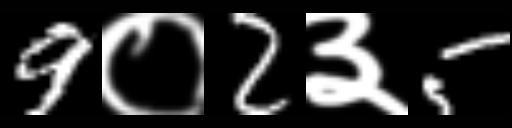
Text: 9०2३5